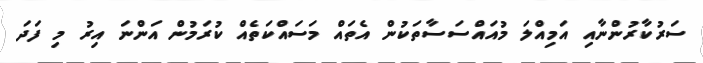
ސަރުކާރުންނާއި އަމިއްލަ މުއައްސަސާތަކުން އެތައް މަސައްކަތެއް ކުރަމުން އަންނަ އިރު މި ފަދަ